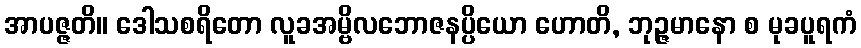
အာပဇ္ဇတိ။ ဒေါသစရိတော လူခအမ္ဗိလဘောဇနပ္ပိယော ဟောတိ, ဘုဉ္ဇမာနော စ မုခပူရကံ